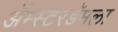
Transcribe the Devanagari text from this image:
ॲम्स्टरडॅमला